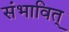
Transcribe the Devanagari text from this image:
संभावित्